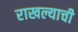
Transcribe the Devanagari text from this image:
राखल्याची